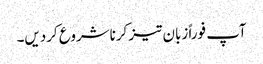
آپ فوراً زبان تیز کرناشروع کردیں۔